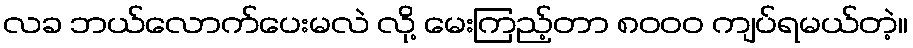
လခ ဘယ်လောက်ပေးမလဲ လို့ မေးကြည့်တာ ၈၀၀၀ ကျပ်ရမယ်တဲ့။